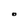
Character: O